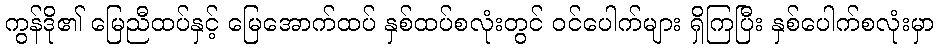
ကွန်ဒို၏ မြေညီထပ်နှင့် မြေအောက်ထပ် နှစ်ထပ်စလုံးတွင် ဝင်ပေါက်များ ရှိကြပြီး နှစ်ပေါက်စလုံးမှာ